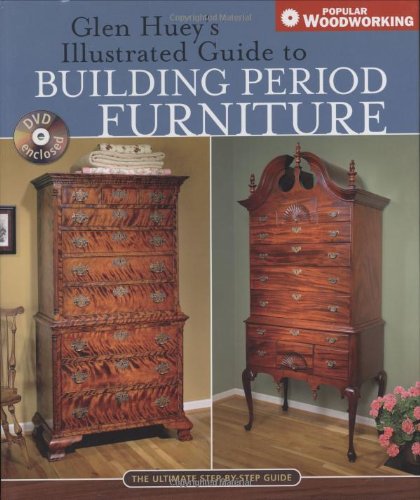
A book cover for Glen Huey's Illustrated Guide to Building Period Furniture: The Ultimate Step-by-Step Guide (Popular Woodworking); Glen Huey; Crafts, Hobbies & Home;